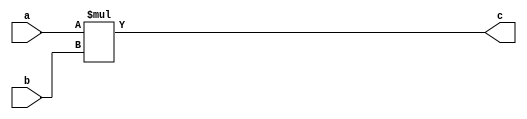

module test_mult #(parameter WIDTH = 16) (
  input  [WIDTH-1:0] a,
  input  [WIDTH-1:0] b,
  output [WIDTH-1:0] c
);

  assign c = a * b;

endmodule